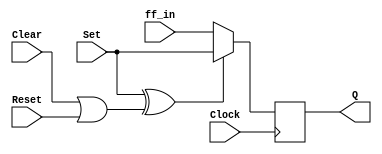
//timescale 1ns/100ps

module control_ff(Clock, ff_in, Set, Clear,Reset, Q);
	input Clock, ff_in, Set, Clear,Reset;
	output reg Q;
	always @(posedge Clock)
	begin
		if (Set^(Clear|Reset)) Q <= Set;
		else Q<=ff_in;
	end	
endmodule